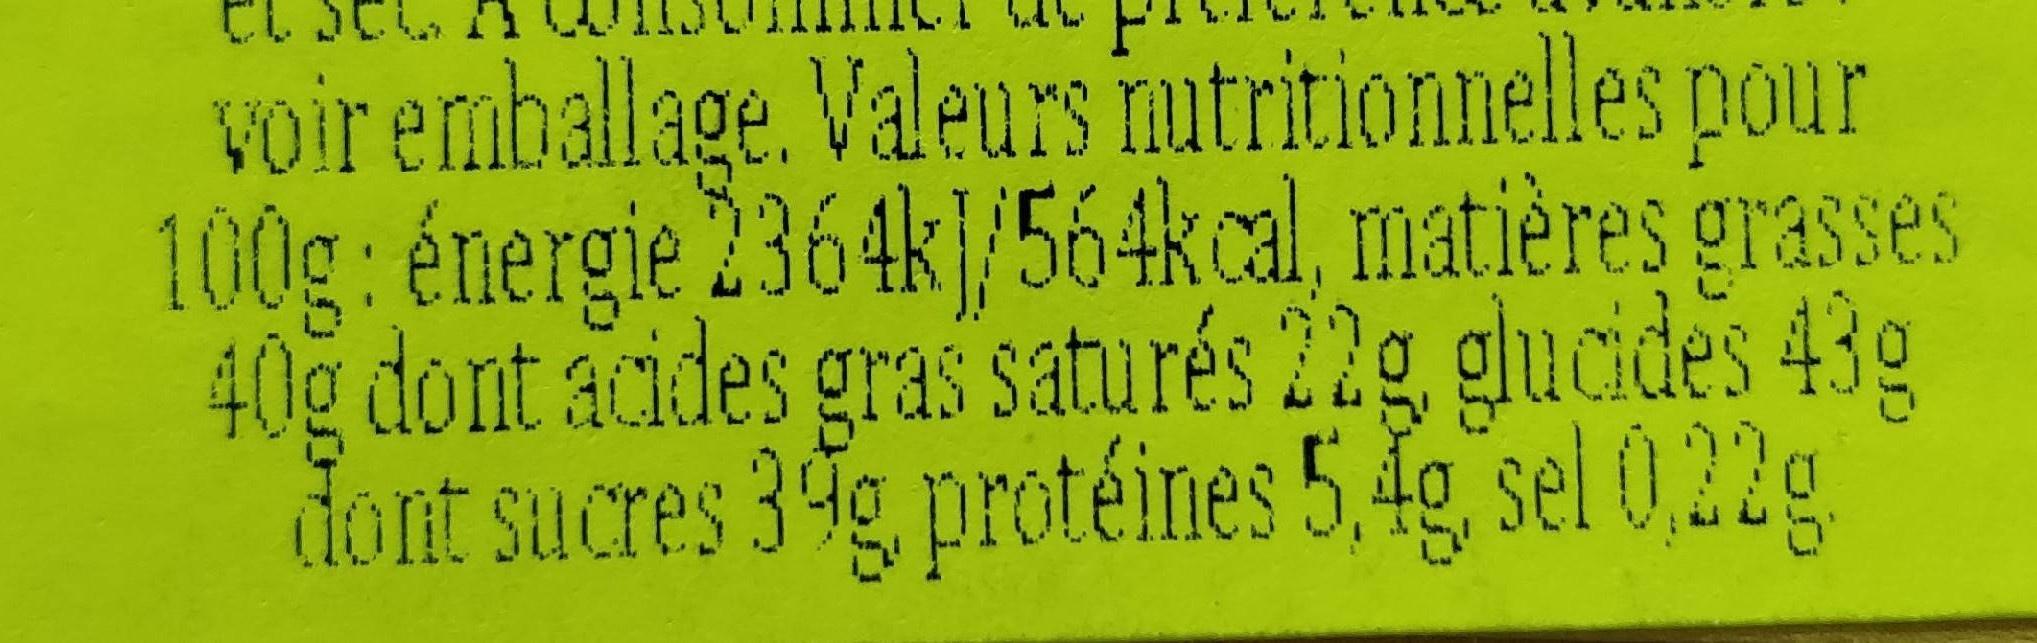
voir emballage. Valeurs nutritionnelles pour 100g: énergie 2364k]/564kcal, matières grasses 40g dont acides gras saturés 22g glucides 43g dont sucres 3%g protéines 5,4g, sel 0,22g